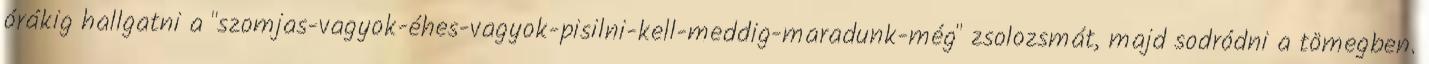
órákig hallgatni a "szomjas-vagyok-éhes-vagyok-pisilni-kell-meddig-maradunk-még" zsolozsmát, majd sodródni a tömegben.